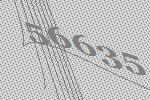
56635